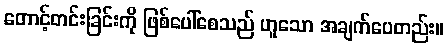
တောင့်တင်းခြင်းကို ဖြစ်ပေါ်စေသည် ဟူသော အချက်ပေတည်း။